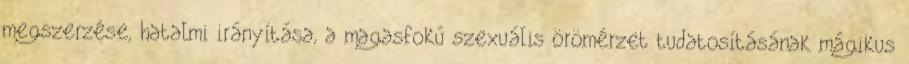
megszerzése, hatalmi irányítása, a magasfokú szexuális örömérzet tudatosításának mágikus